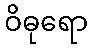
ဝိဓုရော